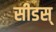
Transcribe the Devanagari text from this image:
सीडस्